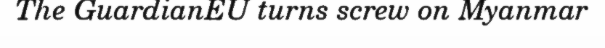
The GuardianEU turns screw on Myanmar